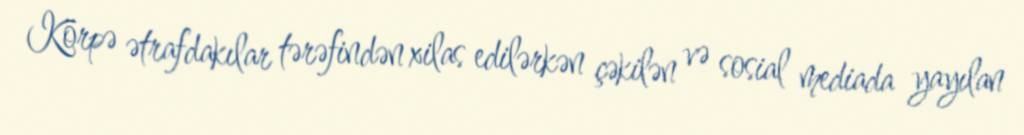
Körpə ətrafdakılar tərəfindən xilas edilərkən çəkilən və sosial mediada yayılan